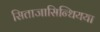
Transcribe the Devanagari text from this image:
सिताजासिन्धियया